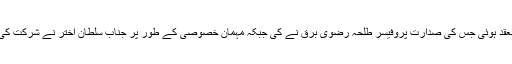
سیمینار کے بعد ایک شعر ی محفل منعقد ہوئی جس کی صدارت پروفیسر طلحہ رضوی برق نے کی جبکہ مہمان خصوصی کے طور پر جناب سلطان اختر نے شرکت کی اور نظامت فخرالدین عار فی نے کی۔